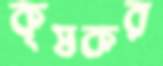
কৃষকর